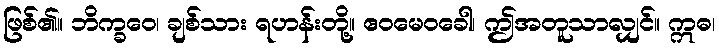
ဖြစ်၏။ ဘိက္ခဝေ၊ ချစ်သား ရဟန်းတို့။ ဧဝမေဝခေါ၊ ဤအတူသာလျှင်။ ဣဓ၊